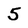
Character: 5